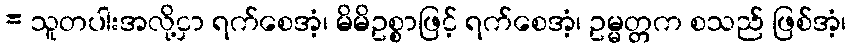
= သူတပါးအလို့ငှာ ရက်စေအံ့၊ မိမိဥစ္စာဖြင့် ရက်စေအံ့၊ ဥမ္မတ္တက စသည် ဖြစ်အံ့၊